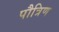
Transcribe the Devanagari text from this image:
पौत्रिण